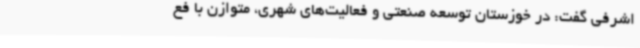
اشرفی گفت: در خوزستان توسعه صنعتی و فعالیت‌های شهری، متوازن با فع